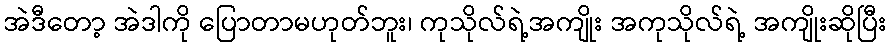
အဲဒီတော့ အဲဒါကို ပြောတာမဟုတ်ဘူး၊ ကုသိုလ်ရဲ့အကျိုး အကုသိုလ်ရဲ့ အကျိုးဆိုပြီး